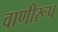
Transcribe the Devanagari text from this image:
वाणीरूप